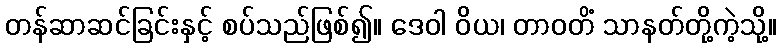
တန်ဆာဆင်ခြင်းနှင့် စပ်သည်ဖြစ်၍။ ဒေဝါ ဝိယ၊ တာဝတိံ သာနတ်တို့ကဲ့သို့။